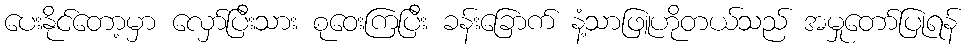
ပေးနိုင်တော့မှာ လှော်ပြီးသား စုဝေးကြပြီး ခန်းခြောက် နံ့သာဖြူဟိုတယ်သည် အမှုတော်ပြုရန်